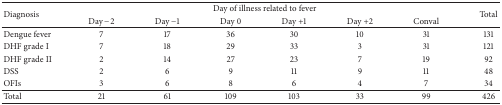
<table><thead><tr><td rowspan="2"><b>Diagnosis</b></td><td colspan="6"><b>Day of illness related to fever</b></td><td rowspan="2"><b>Total</b></td></tr><tr><td><b>Day −2</b></td><td><b>Day −1</b></td><td><b>Day 0</b></td><td><b>Day +1</b></td><td><b>Day +2</b></td><td><b>Conval</b></td></tr></thead><tbody><tr><td>Dengue fever</td><td>7</td><td>17</td><td>36</td><td>30</td><td>10</td><td>31</td><td>131</td></tr><tr><td>DHF grade I</td><td>7</td><td>18</td><td>29</td><td>33</td><td>3</td><td>31</td><td>121</td></tr><tr><td>DHF grade II</td><td>2</td><td>14</td><td>27</td><td>23</td><td>7</td><td>19</td><td>92</td></tr><tr><td>DSS</td><td>2</td><td>6</td><td>9</td><td>11</td><td>9</td><td>11</td><td>48</td></tr><tr><td>OFIs</td><td>3</td><td>6</td><td>8</td><td>6</td><td>4</td><td>7</td><td>34</td></tr><tr><td>Total</td><td>21</td><td>61</td><td>109</td><td>103</td><td>33</td><td>99</td><td>426</td></tr></tbody></table>